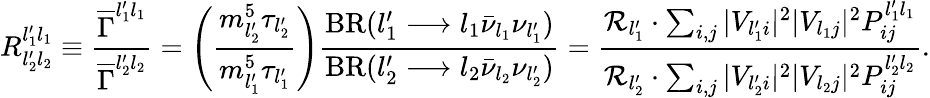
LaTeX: R_{l_{2}^{\prime}l_{2}}^{l_{1}^{\prime}l_{1}}\equiv\frac{\overline{{\Gamma}}^{l_{1}^{\prime}l_{1}}}{\overline{{\Gamma}}^{l_{2}^{\prime}l_{2}}}=\left(\frac{m_{l_{2}^{\prime}}^{5}\tau_{l_{2}^{\prime}}}{m_{l_{1}^{\prime}}^{5}\tau_{l_{1}^{\prime}}}\right)\frac{\mathrm{BR}(l_{1}^{\prime}\longrightarrow l_{1}\bar{\nu}_{l_{1}}\nu_{l_{1}^{\prime}})}{\mathrm{BR}(l_{2}^{\prime}\longrightarrow l_{2}\bar{\nu}_{l_{2}}\nu_{l_{2}^{\prime}})}=\frac{{\cal R}_{l_{1}^{\prime}}\cdot\sum_{i,j}|V_{l_{1}^{\prime}i}|^{2}|V_{l_{1}j}|^{2}P_{ij}^{l_{1}^{\prime}l_{1}}}{{\cal R}_{l_{2}^{\prime}}\cdot\sum_{i,j}|V_{l_{2}^{\prime}i}|^{2}|V_{l_{2}j}|^{2}P_{ij}^{l_{2}^{\prime}l_{2}}}.